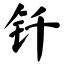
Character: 钎